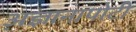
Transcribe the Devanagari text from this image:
अ़ज्ञानापोटी